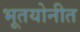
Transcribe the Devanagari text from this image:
भूतयोनीत